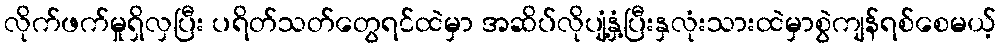
လိုက်ဖက်မှုရှိလှပြီး ပရိတ်သတ်တွေရင်ထဲမှာ အဆိပ်လိုပျံ့နှံ့ပြီးနှလုံးသားထဲမှာစွဲကျန်ရစ်စေမယ့်